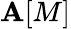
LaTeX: \mathbf{A}[M]